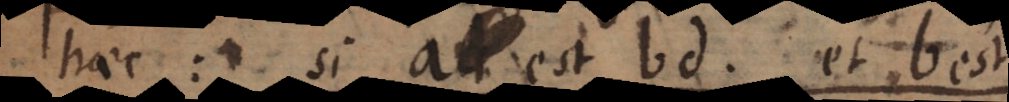
haec: si a est bd et b est